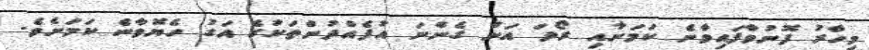
މިހާރު ފޮނުވާފައިވާނެ ކަމަށާއި ރޯދަ އަށް ގެންނަ އުފެއްދުންތަކުގެ އަގު ހެޔޮވާނެ ކަމަށެވެ.